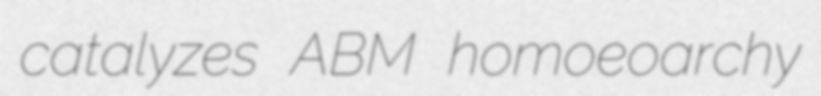
catalyzes ABM homoeoarchy